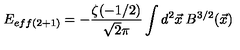
E _ { e f f ( 2 + 1 ) } = - \frac { \zeta ( - 1 / 2 ) } { \sqrt { 2 } \pi } \int d ^ { 2 } \vec { x } \: B ^ { 3 / 2 } ( \vec { x } )